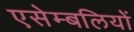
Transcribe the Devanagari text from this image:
एसेम्बलियों